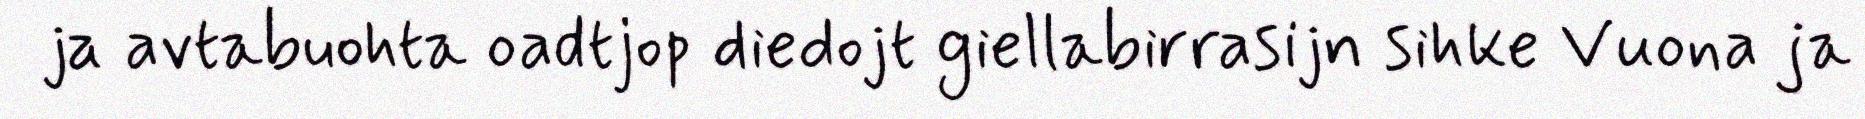
ja avtabuohta oadtjop diedojt giellabirrasijn sihke Vuona ja